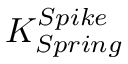
K _ { S p r i n g } ^ { S p i k e }